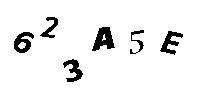
623A5E